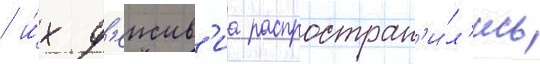
/ и́х д'еиств'иа распростран'и́л'ись